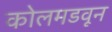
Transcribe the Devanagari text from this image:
कोलमडवून